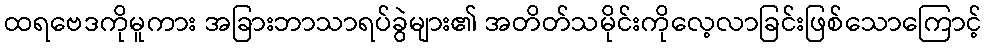
ထရဗေဒကိုမူကား အခြားဘာသာရပ်ခွဲများ၏ အတိတ်သမိုင်းကိုလေ့လာခြင်းဖြစ်သောကြောင့်